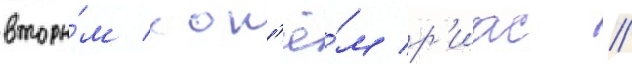
вторы́м кон'ё́м р'иас //